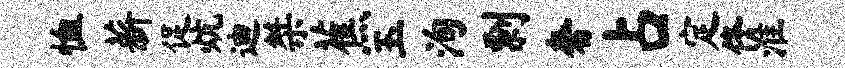
恤薪促炕迪桀蕉玉洵剽奢占定佟淮